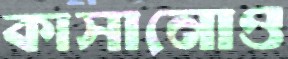
কাসানোও